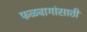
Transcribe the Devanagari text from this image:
फळबागांसाठी